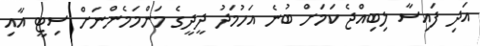
އަދި ފައިސާ ލިބިއްޖެ ކަމަށް ބުނެ އަހުމަދު ދީދީގެ މަންމަމެންނަށް ސިޓީ އާއި